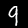
Digit: 9